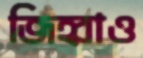
জিহ্বাও